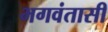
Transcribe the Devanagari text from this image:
भगवंतासी